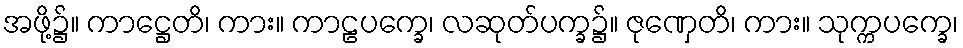
အဖို့၌။ ကာဋ္ဌေတိ၊ ကား။ ကာဠပက္ခေ၊ လဆုတ်ပက္ခ၌။ ဇုဏှေတိ၊ ကား။ သုက္ကပက္ခေ၊